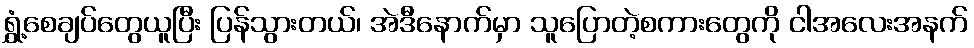
ရွှံ့စေချပ်တွေယူပြီး ပြန်သွားတယ်၊ အဲဒီနောက်မှာ သူပြောတဲ့စကားတွေကို ငါအလေးအနက်